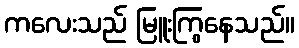
ကလေးသည် မြူးကြွနေသည်။